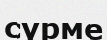
сүрме